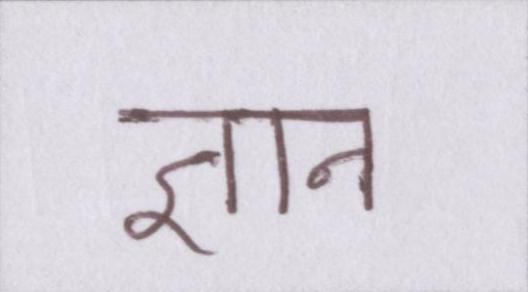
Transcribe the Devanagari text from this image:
ज्ञान